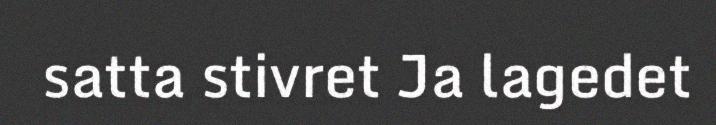
satta stivret Ja lagedet